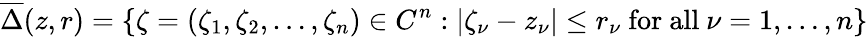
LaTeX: {\overline{{\Delta}}}(z,r)=\{ \zeta=(\zeta_{1},\zeta_{2},\dots,\zeta_{n})\in C^{n}:\left|\zeta_{\nu}-z_{\nu}\right|\leq r_{\nu}{\mathrm{~for~all~}}\nu=1,\dots,n\}